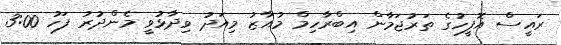
ރައީސް އޮފީހުގެ ތަރުޖަމާން އިބްރާހިމް މުއާޒު މިއަދު ވިދާޅުވީ މެންދުރު ފަހު 3:00